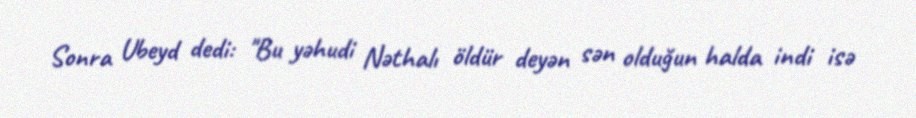
Sonra Ubeyd dedi: "Bu yəhudi Nəthalı öldür deyən sən olduğun halda indi isə